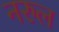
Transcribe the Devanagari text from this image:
नरुल